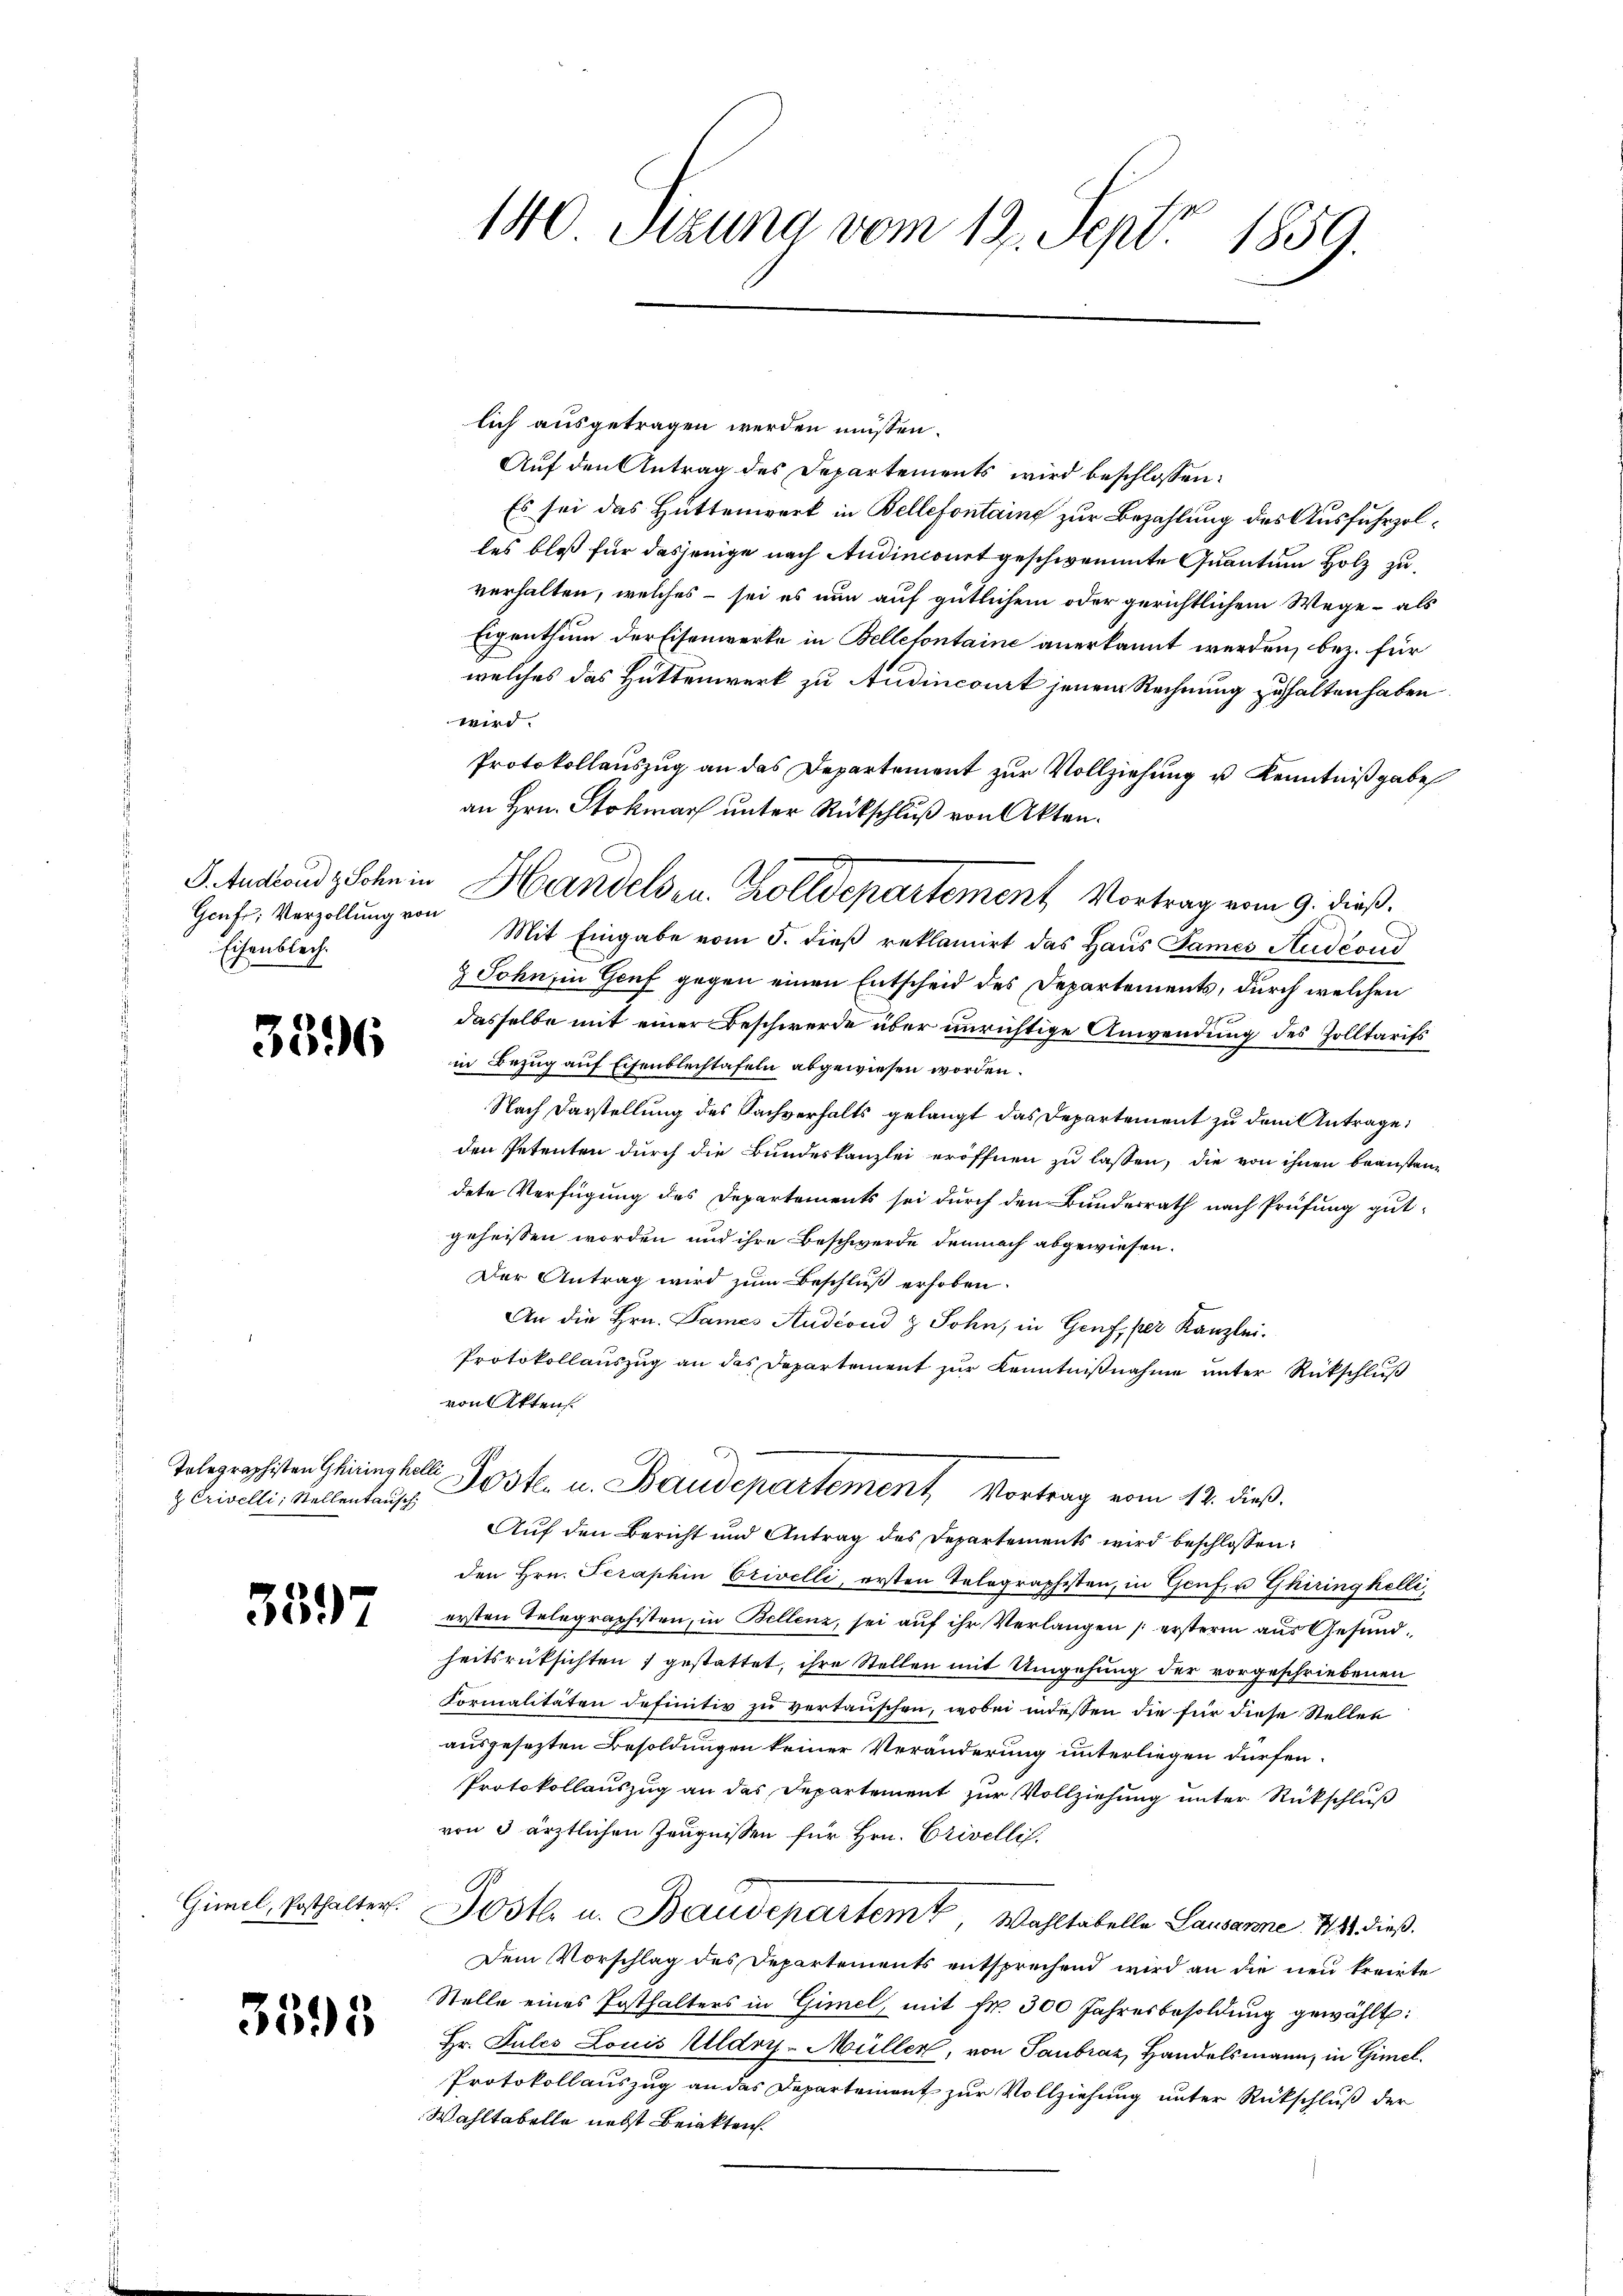
Genf, Verzollung von
Eisenblech.

3396

z Crivelli, Stellentausch,

3597

Gimel, Posthalter.

3395

140 Stzung vom 12. Sept. 1859.

lich ausgetragen werden müssen.
Auf den Antrag des Departements wird beschlossen:
Es sei das Hüttenwerk in Bellefontaing zur Bezahlung des Ausfuhrzolles bloß für dasjenige nach Andinconet geschwemmte Quantum Holz zuverhalten, welches – sei es nun auf gütlichem oder gerichtlichem Wege – als
Eigenthum der Eisenwerke in Belletontaine anerkannt werden, bez. für
welches das Hüttenwerk zu Audincourt jenem Rechnung zuhalten haben
wird.
Protokollauszug an das Departement zur Vollziehung u Kenntniß gabe
an Hrn. Stokmar unter Rückschluß von Akten.
Mit Eingabe vom 5. dieß reklamirt das Haus James Audcond
& Sohn, in Genf gegen einen Entscheid des Departements, durch welchen
dasselbe mit einer Beschwerde über unrichtige Anwendung des Zolltarifs
in Bezug auf Eisenblechtafeln abgewiesen worden.
Nach Darstellung des Sachverhalts gelangt das Departement zu dem Antrage:
den Petenten durch die Bundeskanzlei eröffnen zu lassen, die von ihnen beanstandete Verfügung des Departements sei durch den Bundesrath nach Prüfung gut-
geheissen worden und ihre Beschwerde demnach abgewiesen.
Der Antrag wird zum Beschluß erhoben.
An die Hrn. Dames Audiond z Sohn, in Genf, per Kanzlei.
Protokollauszug an das Departement zur Kenntnißnahme unter Rückschluß
von Aktens
Telegraphisten Glieinstalle Posten u. Baudepartement Vortrag vom 12. dieß.
Auf den Bericht und Antrag des Departements wird beschlossen:
den Hrn. Seraphin Erivelli, ersten Telegraphisten, in Genf, u. Ghiringhelli,
ersten Telegraphisten, in Bellenz, sei auf ihr Verlangen ersterm aus Gesundheitsrücksichten  gestattet, ihre Stellen mit Umgehung der vorgeschriebenen
Formalitäten definitiv zu vertauschen, wobei indeßen die für diese Stellen
ausgesezten Besoldungen keiner Veränderung unterliegen dürfen.
Protokollauszug an das Departement zur Vollziehung unter Rückschluß
von 3 ärztlichen Zeugnissen für Hrn. Erivellis,
1
Jostl. u. Baudepartemt, Wahltabelle Lausanne. 481 dieß¬
Dem Vorschlag des Departements entsprechend wird an die neu treite
Stelle eines Posthalters in Gimel, mit Fr. 300 Jahresbesoldung gewählt:
Hr. Jules Louis Uldry-Müller, von Taubraz, Handelsmann, in Gimel¬
Protokollauszug an das Departement zur Vollziehung unter Rückschluß der
Wahltabelle nebst Beiakten.

J. Androndz Sohn in Handelsen Zolldepartement Vortrag vom 9. dieß.